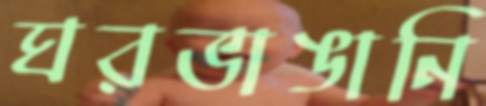
ঘরভাঙানি